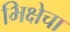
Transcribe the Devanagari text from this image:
भिक्षेचा